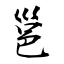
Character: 邕